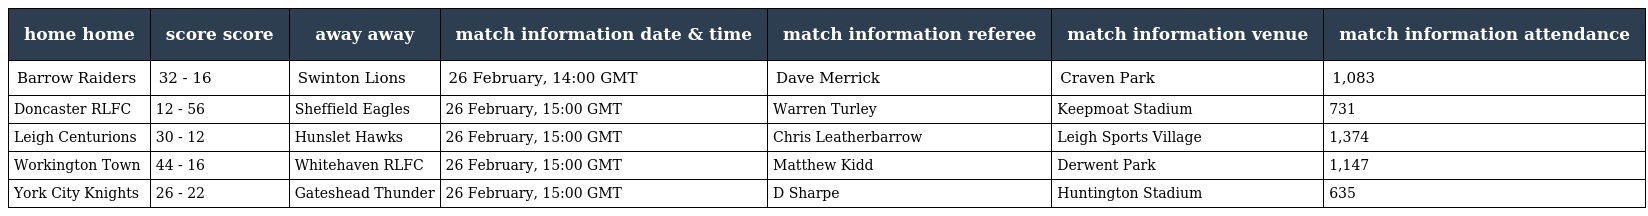
| home home | score score | away away | match information date & time | match information referee | match information venue | match information attendance |
 | --- | --- | --- | --- | --- | --- | --- |
 | Barrow Raiders | 32 - 16 | Swinton Lions | 26 February, 14:00 GMT | Dave Merrick | Craven Park | 1,083 |
 | Doncaster RLFC | 12 - 56 | Sheffield Eagles | 26 February, 15:00 GMT | Warren Turley | Keepmoat Stadium | 731 |
 | Leigh Centurions | 30 - 12 | Hunslet Hawks | 26 February, 15:00 GMT | Chris Leatherbarrow | Leigh Sports Village | 1,374 |
 | Workington Town | 44 - 16 | Whitehaven RLFC | 26 February, 15:00 GMT | Matthew Kidd | Derwent Park | 1,147 |
 | York City Knights | 26 - 22 | Gateshead Thunder | 26 February, 15:00 GMT | D Sharpe | Huntington Stadium | 635 |